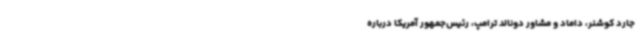
جارد کوشنر، داماد و مشاور دونالد ترامپ، رئیس‌جمهور آمریکا درباره